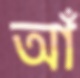
আঁ